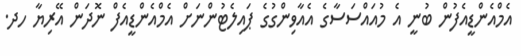
އެމްއެންޑީއެފުން ބުނީ އެ މުއައްސަސާގެ އެއާވިންގުގެ ޕައިލެޓުންނަށް އެމްއެންޑީއެފް ނޮދަން އޭރިޔާ ހދ.